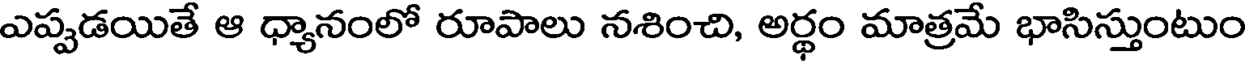
ఎప్పడయితే ఆ ధ్యానంలో రూపాలు నశించి, అర్థం మాత్రమే భాసిస్తుంటుం